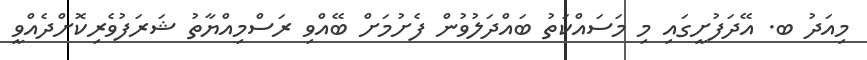
މިއަދު ބ. އޭދަފުށީގައި މި މަސައްކަތު ބައްދަލުވުން ފެށުމަށް ބޭއްވި ރަސްމިއްޔާާތު ޝަރަފުވެރިކޮށްދެއްވީ